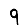
Digit: 9